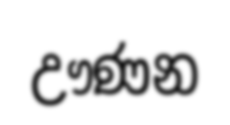
ඌණන